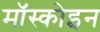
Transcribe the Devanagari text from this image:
मॉस्कोइन